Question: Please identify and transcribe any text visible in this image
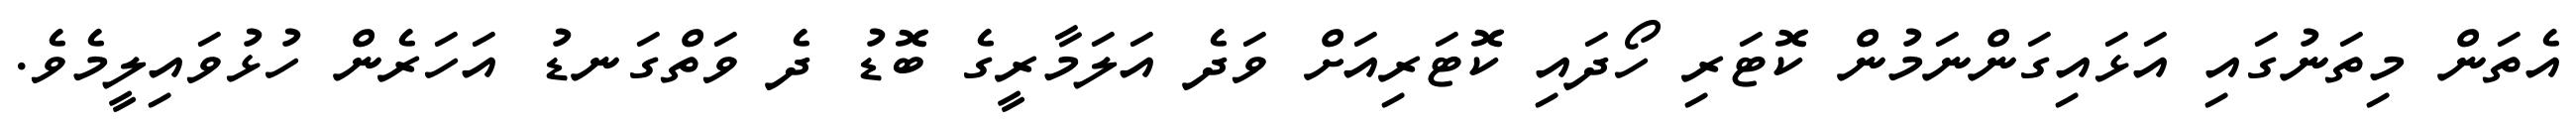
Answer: އެތަން މިތަނުގައި އަޅައިގަންނަމުން ކޮޓަރި ހޯދައި ކޮޓަރިއަށް ވަދެ އަލަމާރީގެ ބޮޑު ދެ ވަތްގަނޑު އަހަރެން ހުޅުވައިލީމެވެ.